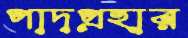
পাদপ্রহার